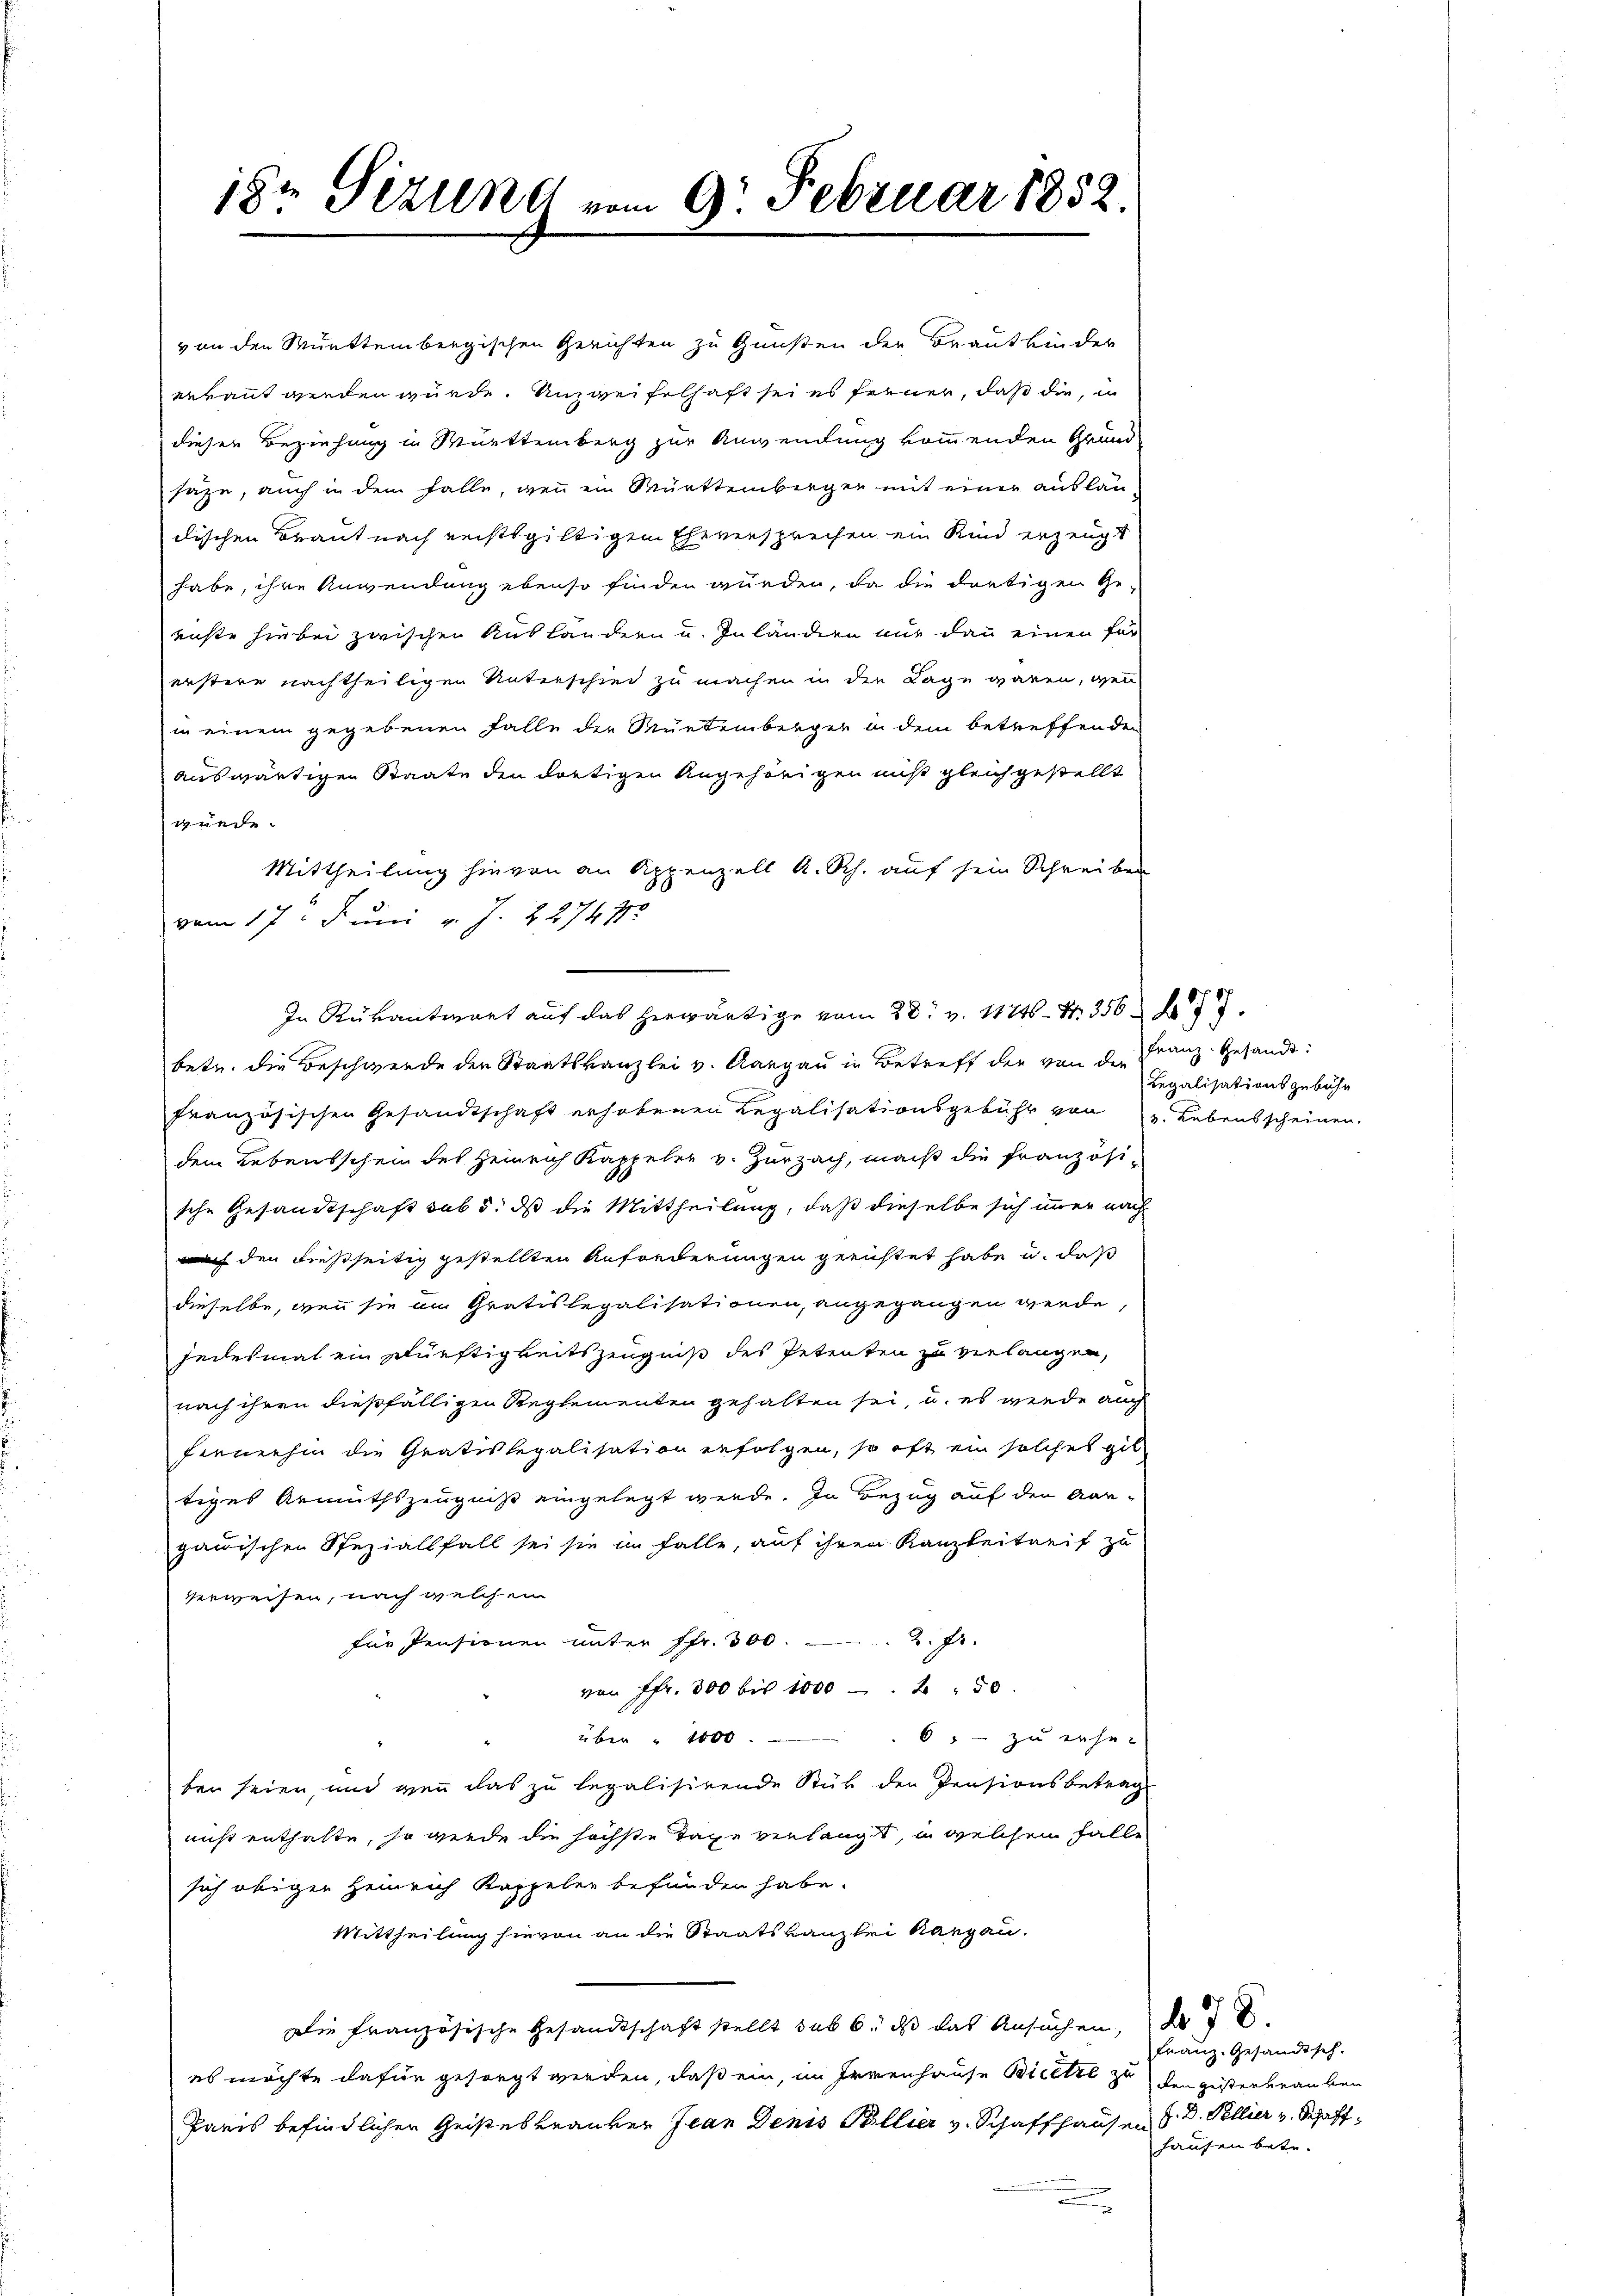
18. Sizung vom 9. Februar 1852.

von den Württembergischen Gerichten zu Gunsten der Brautkinder
erkannt werden wurde. Unzweifelhaft sei es ferner, daß die, in
diesen Beziehung in Württemberg zur Anwendung kommenden Grund
säze, auch in dem Falle, wenn ein Württembergen mit einer auslau
dischen Braut nach rechtsgültigen Eheversprechen ein Kind erzeugt
habe, ihre Anwendung ebenso finden würden, da die dortigen Geenste hiebei zwischen Ausländern u. Inländern nur dann einen für
erstere nachtheiligen Unterschied zu machen in den Lage wären, wenn
in einem gegebenen Falle der Mürtemberger in dem betreffenden
auswärtigen Staate den dortigen Angehörigen muß gleichgestellt
wurde.
Mittheilung hievon an Appenzell A. Sch. auf sein Schreiben
vom 17. Juni v. J. 227411.
In Rükantwort auf das herwärtige vom 28. v. 1174. S. 356. 477.
betr. die Beschwerde der Staatskanzlei v. Aargau in Betreff der von der
französischen Gesandtschaft erhobenen Regalisationsgebühr von 2. Lebensscheinen.
dem Lebensschein des Heinrich Kappeler v. Zurzach, macht die Französische Gesandtschaft sub d. dß die Mittheilung, daß dieselbe sich immer nach
nach den dießseitig gestellten Anforderungen gerichtet habe u. daß
dieselbe, wenn sie am Gratislegalisationen, angegangen werde,
jedesmal ein Dürftigkeitszeugniß des Petenten zu verlangen,
nach ihren dießfälligen Reglementen gehalten sei, u. es werde auch
fernehm die Gratislepalisation erfolgen, so oft ein solches gil
tiges Armuthszeugniß eingelegt werde. In Bezug auf den Aar-
gauischen Speziallfall sei sie im Falle, auf ihren Kanzleitarif zu
verweisen, nach welchen
2. fr.
für Pensionen unter ffr. 300.
von Fr. 300 bis 1000. 250.
6 zu erhei
über 1000
ben seien, und wenn das zu legalisirende Stück den Prasionsbetrag
nicht enthalte, so werde die höchste Tage verlangt, in welchem Falle
sich obiger Heinrich Kappeler befunden habe.
Mittheilung hievon an die Staatskanzlei kargau.
Die französische Gesandtschaft stellt sub 6. ds das Ansuchen, d
es möchte dafür gesorgt werden, daß ein, im Irrenhause Bicette zu den Zusterbrauben
Paris befindlichen Geisteskranken Jean Denis Pollier v. Schaffhausen d. Pellier Schaff¬

Franz Gesandt:
Regalisationsgebühr

Franz. Gesandtsch.
hausen betr.